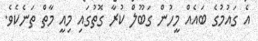
އެ ގައުމުގެ ބައެއް މީހުން ގަބޫލް ކުރާ ގޮތުގައި މިއީ މާތް ތަނެކެވެ.